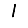
Digit: 1